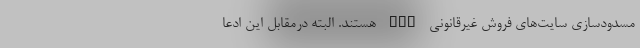
مسدودسازی سایت‌های فروش غیرقانونی VPN هستند. البته درمقابل این ادعا